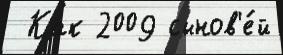
 Как 2009 сынов'е́й